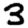
Digit: 3